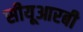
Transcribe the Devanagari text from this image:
सीयूआरबी